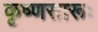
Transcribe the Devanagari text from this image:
कृष्‍णसारूः